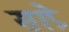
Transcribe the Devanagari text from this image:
सांप्रे